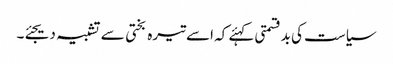
سیاست کی بدقسمتی کہئے کہ اسے تیرہ بختی سے تشبیہ دیجئے۔